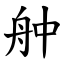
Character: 舯